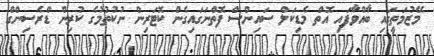
މޭޒުމަތީގައި ބާއްވާފައި އޮތް މެޑިކަލް ސައިންސް ފޮތްނަގައިގެން ކޮޓަރިން ނުކުތުމުގެ ކުރިން ޑްރެސިންގް